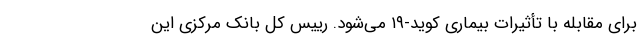
برای مقابله با تأثیرات بیماری کوید-۱۹ می‌شود. رییس کل بانک مرکزی این